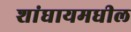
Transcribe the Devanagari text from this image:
शांघायमधील